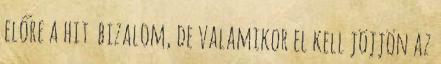
előre a hit bizalom, de valamikor el kell jöjjön az